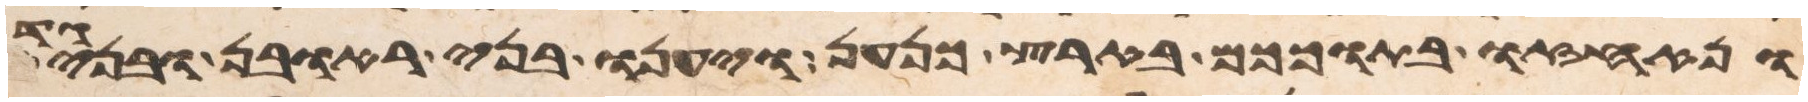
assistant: ונאחזו בתוככם בארץ כנען ויענו בני ראובן ובני